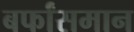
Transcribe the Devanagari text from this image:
बर्फांसमान